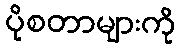
ပိုစတာများကို